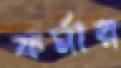
ফর্মার